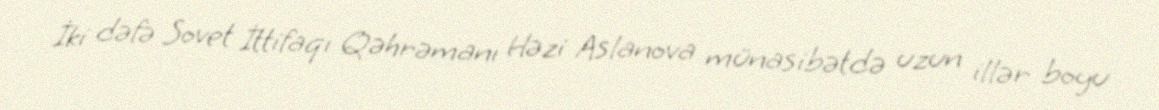
İki dəfə Sovet İttifaqı Qəhrəmanı Həzi Aslanova münasibətdə uzun illər boyu